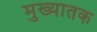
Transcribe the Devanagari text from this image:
मुख्यातक